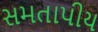
સમતાપીય